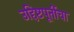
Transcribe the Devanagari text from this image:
उद्दिष्टपूर्तीचा